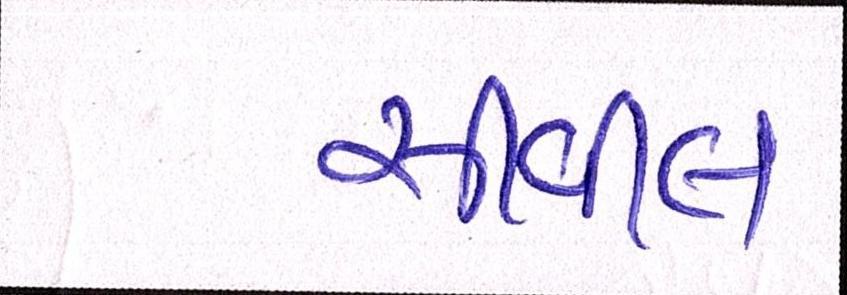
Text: સીવીલ